Indian journal of veterinary science and animal husbandry - Volumes 24-25, 1954-1955
Year: 1954
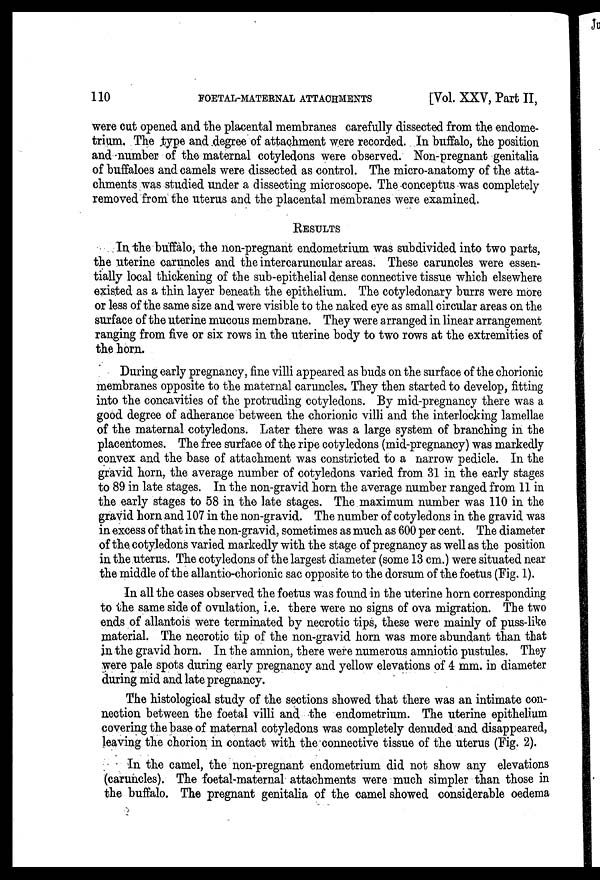
110
FOETAL-MATERNAL ATTACHMENTS
[Vol. XXV, Part II,
were cut opened and the placental membranes carefully dissected from the endome-
trium. The type and degree of attachment were recorded. In buffalo, the position
and number of the maternal cotyledons were observed. Non-pregnant genitalia
of buffaloes and camels were dissected as control. The micro-anatomy of the atta-
chments was studied under a dissecting microscope. The conceptus was completely
removed from the uterus and the placental membranes were examined.
RESULTS
In the buffalo, the non-pregnant endometrium was subdivided into two parts,
the uterine caruncles and the intercaruncular areas. These caruncles were essen-
tially local thickening of the sub-epithelial dense connective tissue which elsewhere
existed as a thin layer beneath the epithelium. The cotyledonary burrs were more
or less of the same size and were visible to the naked eye as small circular areas on the
surface of the uterine mucous membrane. They were arranged in linear arrangement
ranging from five or six rows in the uterine body to two rows at the extremities of
the horn.
During early pregnancy, fine villi appeared as buds on the surface of the chorionic
membranes opposite to the maternal caruncles. They then started to develop, fitting
into the concavities of the protruding cotyledons. By mid-pregnancy there was a
good degree of adherance between the chorionic villi and the interlocking lamellae
of the maternal cotyledons. Later there was a large system of branching in the
placentomes. The free surface of the ripe cotyledons (mid-pregnancy) was markedly
convex and the base of attachment was constricted to a narrow pedicle. In the
gravid horn, the average number of cotyledons varied from 31 in the early stages
to 89 in late stages. In the non-gravid horn the average number ranged from 11 in
the early stages to 58 in the late stages. The maximum number was 110 in the
gravid horn and 107 in the non-gravid. The number of cotyledons in the gravid was
in excess of that in the non-gravid, sometimes as much as 600 per cent. The diameter
of the cotyledons varied markedly with the stage of pregnancy as well as the position
in the uterus. The cotyledons of the largest diameter (some 13 cm.) were situated near
the middle of the allantio-chorionic sac opposite to the dorsum of the foetus (Fig. 1).
In all the cases observed the foetus was found in the uterine horn corresponding
to the same side of ovulation, i.e. there were no signs of ova migration. The two
ends of allantois were terminated by necrotic tips, these were mainly of puss-like
material. The necrotic tip of the non-gravid horn was more abundant than that
in the gravid horn. In the amnion, there were numerous amniotic pustules. They
were pale spots during early pregnancy and yellow elevations of 4 mm. in diameter
during mid and late pregnancy.
The histological study of the sections showed that there was an intimate con-
nection between the foetal villi and the endometrium. The uterine epithelium
covering the base of maternal cotyledons was completely denuded and disappeared,
leaving the chorion in contact with the connective tissue of the uterus (Fig. 2).
In the camel, the non-pregnant endometrium did not show any elevations
(caruncles). The foetal-maternal attachments were much simpler than those in
the buffalo. The pregnant genitalia of the camel showed considerable oedema